Indian journal of veterinary science and animal husbandry - Volume 3,
Year: 1933
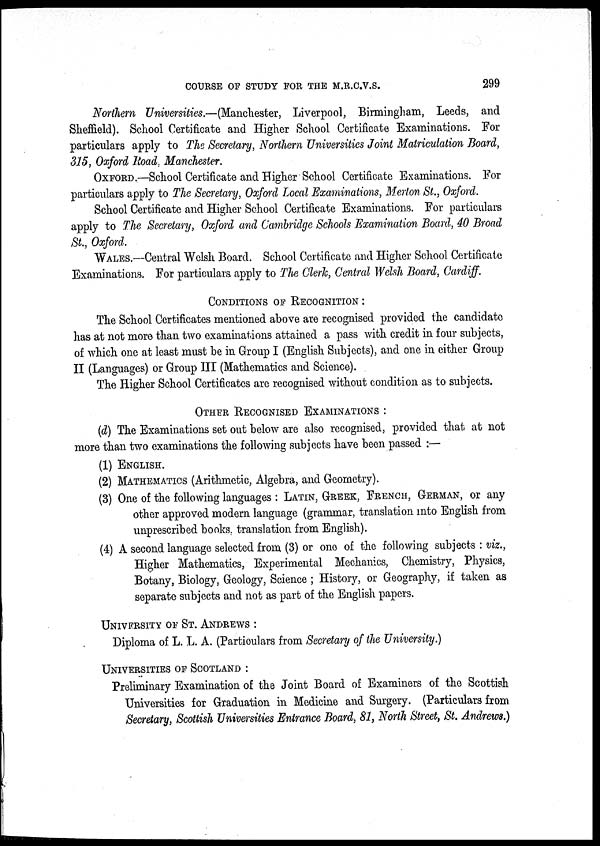
COURSE OF STUDY FOR THE M.R.C.V.S.
299
Northern Universities.—(Manchester, Liverpool, Birmingham, Leeds, and
Sheffield). School Certificate and Higher School Certificate Examinations. For
particulars apply to The Secretary, Northern Universities Joint Matriculation Board,
315, Oxford Road, Manchester.
OXFORD.—School Certificate and Higher School Certificate Examinations. For
particulars apply to The Secretary, Oxford Local Examinations, Merton St., Oxford.
School Certificate and Higher School Certificate Examinations. For particulars
apply to The Secretary, Oxford and Cambridge Schools Examination Board, 40 Broad
St., Oxford.
WALES.—Central Welsh Board. School Certificate and Higher School Certificate
Examinations. For particulars apply to The Clerk, Central Welsh Board, Cardiff.
CONDITIONS OF RECOGNITION :
The School Certificates mentioned above are recognised provided the candidate
has at not more than two examinations attained a pass with credit in four subjects,
of which one at least must be in Group I (English Subjects), and one in either Group
II (Languages) or Group III (Mathematics and Science).
The Higher School Certificates are recognised without condition as to subjects.
OTHER RECOGNISED EXAMINATIONS :
(d) The Examinations set out below are also recognised, provided that at not
more than two examinations the following subjects have been passed :—
(1) ENGLISH.
(2) MATHEMATICS (Arithmetic, Algebra, and Geometry).
(3) One of the following languages : LATIN, GREEK, FRENCH, GERMAN, or any
other approved modern language (grammar, translation into English from
unprescribed books, translation from English).
(4) A second language selected from (3) or one of the following subjects : viz.,
Higher Mathematics, Experimental Mechanics, Chemistry, Physics,
Botany, Biology, Geology, Science ; History, or Geography, if taken as
separate subjects and not as part of the English papers.
UNIVERSITY OF ST. ANDREWS :
Diploma of L. L. A. (Particulars from Secretary of the University.)
UNIVERSITIES OF SCOTLAND :
Preliminary Examination of the Joint Board of Examiners of the Scottish
Universities for Graduation in Medicine and Surgery. (Particulars from
Secretary, Scottish Universities Entrance Board, 81, North Street, St. Andrews.)